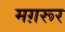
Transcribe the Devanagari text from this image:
मग़रूर